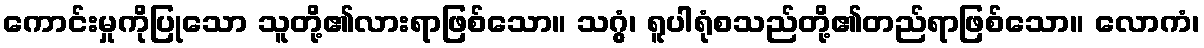
ကောင်းမှုကိုပြုသော သူတို့၏လားရာဖြစ်သော။ သဂ္ဂွံ၊ ရူပါရုံစသည်တို့၏တည်ရာဖြစ်သော။ လောကံ၊